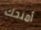
أمنحك